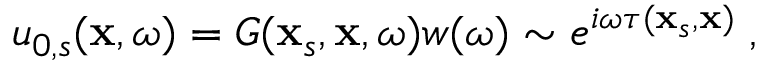
u _ { 0 , s } ( \mathbf { x } , \omega ) = G ( \mathbf { x } _ { s } , \mathbf { x } , \omega ) w ( \omega ) \sim e ^ { i \omega \tau ( \mathbf { x } _ { s } , \mathbf { x } ) } \; ,